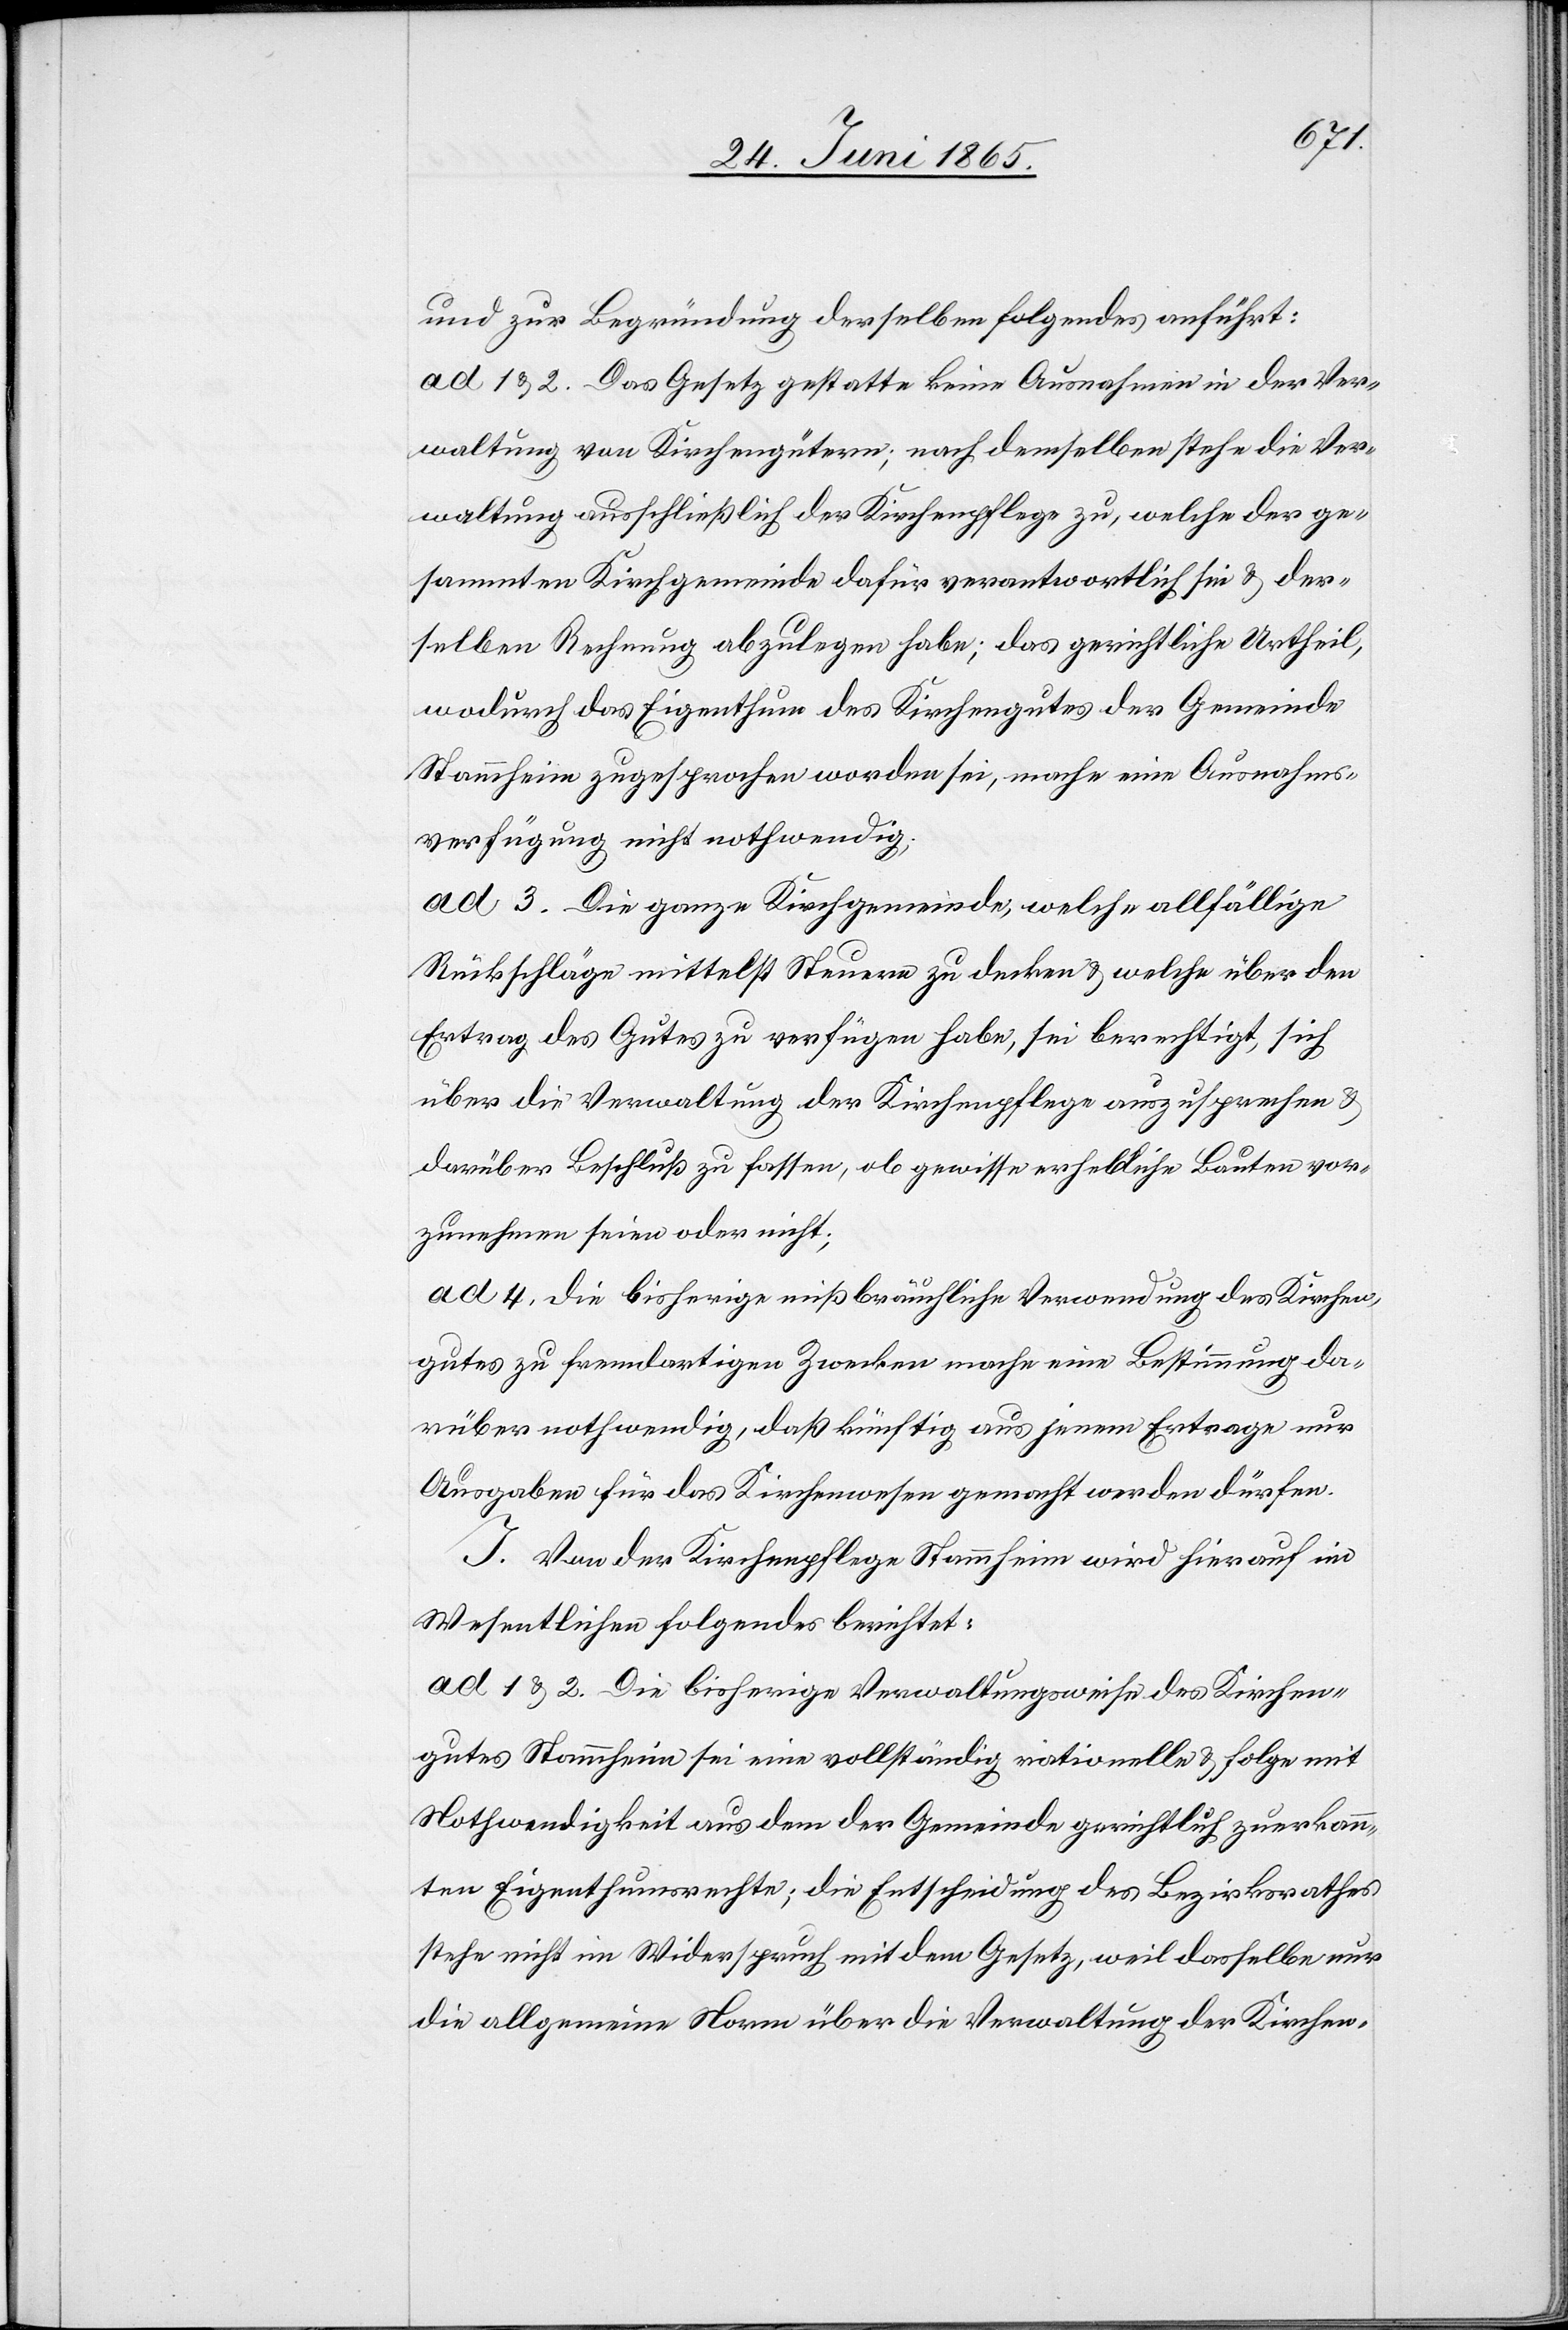
und zur Begründung derselben folgendes anführt:
ad 1 & 2. Das Gesetz gestatte keine Ausnahmen in der Ver¬
waltung von Kirchengütern; nach demselben stehe die Ver¬
waltung ausschließlich der Kirchenpflege zu, welche der ge¬
sammten Kirchgemeinde dafür verantwortlich sei & der¬
selben Rechnung abzulegen habe; das gerichtliche Urtheil,
wodurch das Eigenthum des Kirchengutes der Gemeinde
Stammheim zugesprochen worden sei, mache eine Ausnahms¬
verfügung nicht nothwendig;
ad 3. Die ganze Kirchgemeinde, welche allfällige
Rückschläge mittelst Steuern zu decken & welche über den
Ertrag des Gutes zu verfügen habe, sei berechtigt, sich
über die Verwaltung der Kirchenpflege auszusprechen &
darüber Beschluß zu fassen, ob gewisse erhebliche Bauten vor¬
zunehmen seien oder nicht;
ad 4. Die bisherige mißbräuchliche Verwendung des Kirchen¬
gutes zu fremdartigen Zwecken mache eine Bestimmung da¬
rüber nothwendig, daß künftig aus jenem Ertrage nur
Ausgaben für das Kirchenwesen gemacht werden dürfen.
J. Von der Kirchenpflege Stammheim wird hierauf im
Wesentlichen folgendes berichtet:
ad 1 & 2. Die bisherige Verwaltungsweise des Kirchen¬
gutes Stammheim sei eine vollständig rationelle & folge mit
Nothwendigkeit aus dem der Gemeinde gerichtlich zuerkann¬
ten Eigenthumsrechte; die Entscheidung des Bezirksrathes
stehe nicht im Widerspruch mit dem Gesetz, weil dasselbe nur
die allgemeine Norm über die Verwaltung der Kirchen-